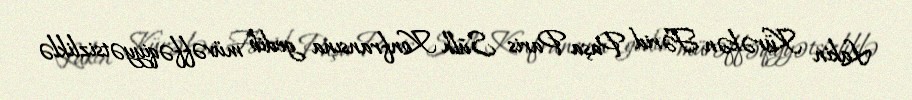
Lakin Kürəkən Fərid Paşa Paris Sülh Konfransına gedib müvəffəqiyyətsizliklə